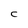
Character: C